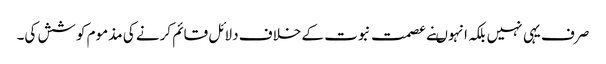
صرف یہی نہیں بلکہ انہوںنے عصمت نبوت کے خلاف دلائل قائم کرنے کی مذموم کوشش کی۔